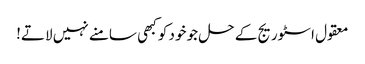
معقول اسٹوریج کے حل جو خود کو کبھی سامنے نہیں لاتے!